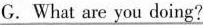
G.What are you doing?